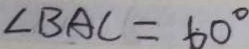
\angle B A C = 6 0 ^ { \circ }